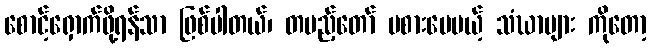
စောင့်ရှောက်ဖို့ရန်သာ ဖြစ်ပါတယ်၊ တပည့်တော် မစားပေမယ့် သံဃာများ ကိုတော့